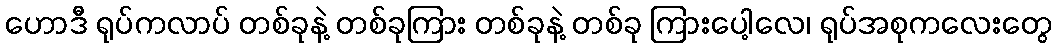
ဟောဒီ ရုပ်ကလာပ် တစ်ခုနဲ့ တစ်ခုကြား တစ်ခုနဲ့ တစ်ခု ကြားပေါ့လေ၊ ရုပ်အစုကလေးတွေ